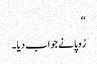
‘‘
رُوپا نے جواب دیا۔